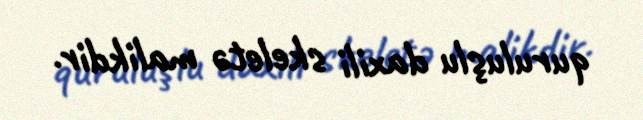
quruluşlu daxili skeletə malikdir.